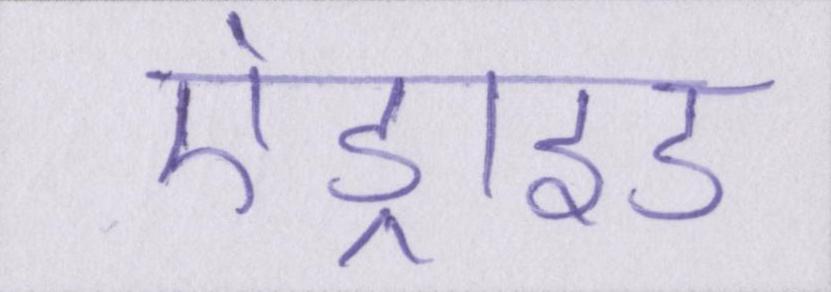
एंड्राइड